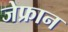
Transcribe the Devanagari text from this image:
जेफ्रान